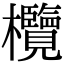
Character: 欖